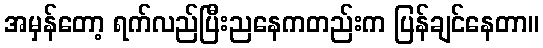
အမှန်တော့ ရက်လည်ပြီးညနေကတည်းက ပြန်ချင်နေတာ။